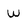
Character: W